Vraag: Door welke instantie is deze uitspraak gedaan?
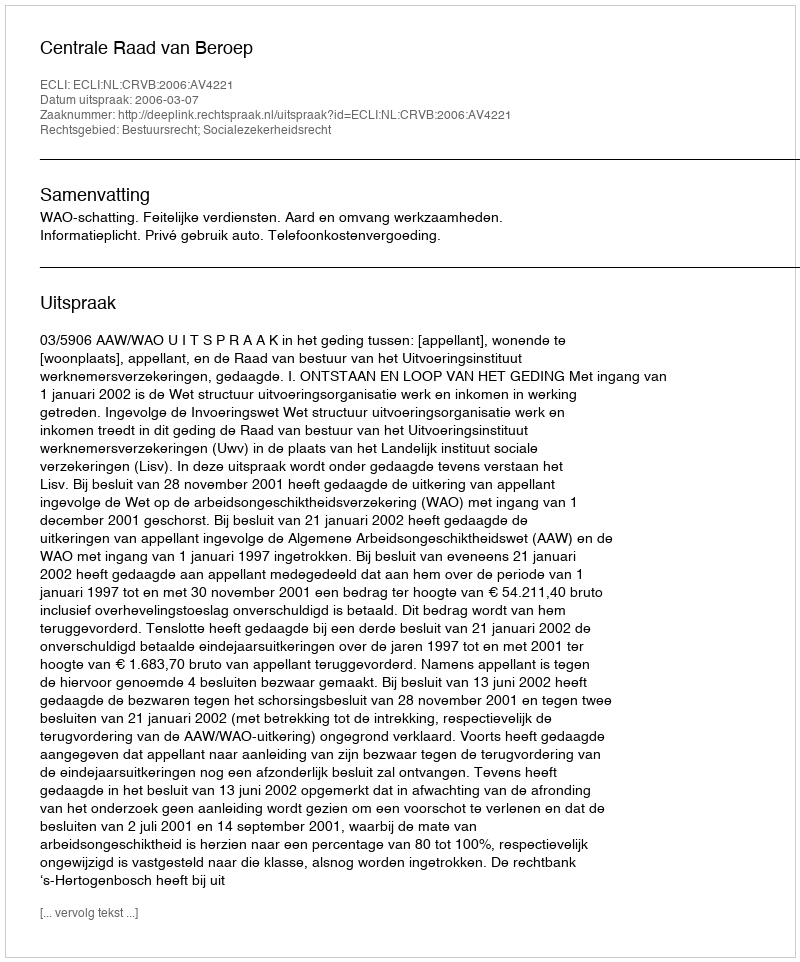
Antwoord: Centrale Raad van Beroep